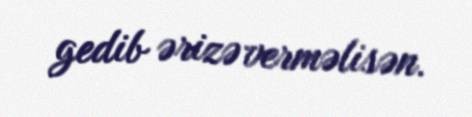
gedib ərizə verməlisən.